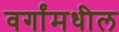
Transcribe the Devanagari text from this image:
वर्गांमधील